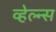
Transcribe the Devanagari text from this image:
व्हेल्न्स